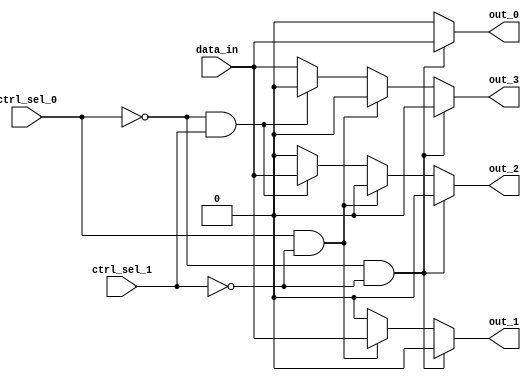
module demux_1to4 (
    input wire data_in,
    input wire ctrl_sel_0,
    input wire ctrl_sel_1,
    output reg out_0,
    output reg out_1,
    output reg out_2,
    output reg out_3
);

always @(*) begin
    if (ctrl_sel_0 == 0 && ctrl_sel_1 == 0) begin
        out_0 = data_in;
        out_1 = 0;
        out_2 = 0;
        out_3 = 0;
    end else if (ctrl_sel_0 == 1 && ctrl_sel_1 == 0) begin
        out_0 = 0;
        out_1 = data_in;
        out_2 = 0;
        out_3 = 0;
    end else if (ctrl_sel_0 == 0 && ctrl_sel_1 == 1) begin
        out_0 = 0;
        out_1 = 0;
        out_2 = data_in;
        out_3 = 0;
    end else begin
        out_0 = 0;
        out_1 = 0;
        out_2 = 0;
        out_3 = data_in;
    end
end

endmodule